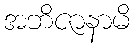
အဘိဇာနာမိ